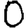
Digit: 0